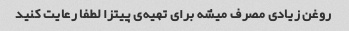
روغن زیادی مصرف میشه برای تهیه‌ی پیتزا لطفا رعایت کنید